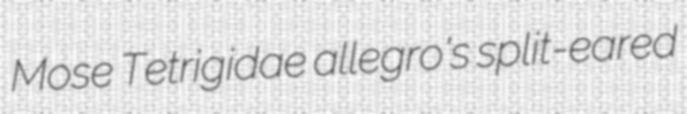
Mose Tetrigidae allegro's split-eared